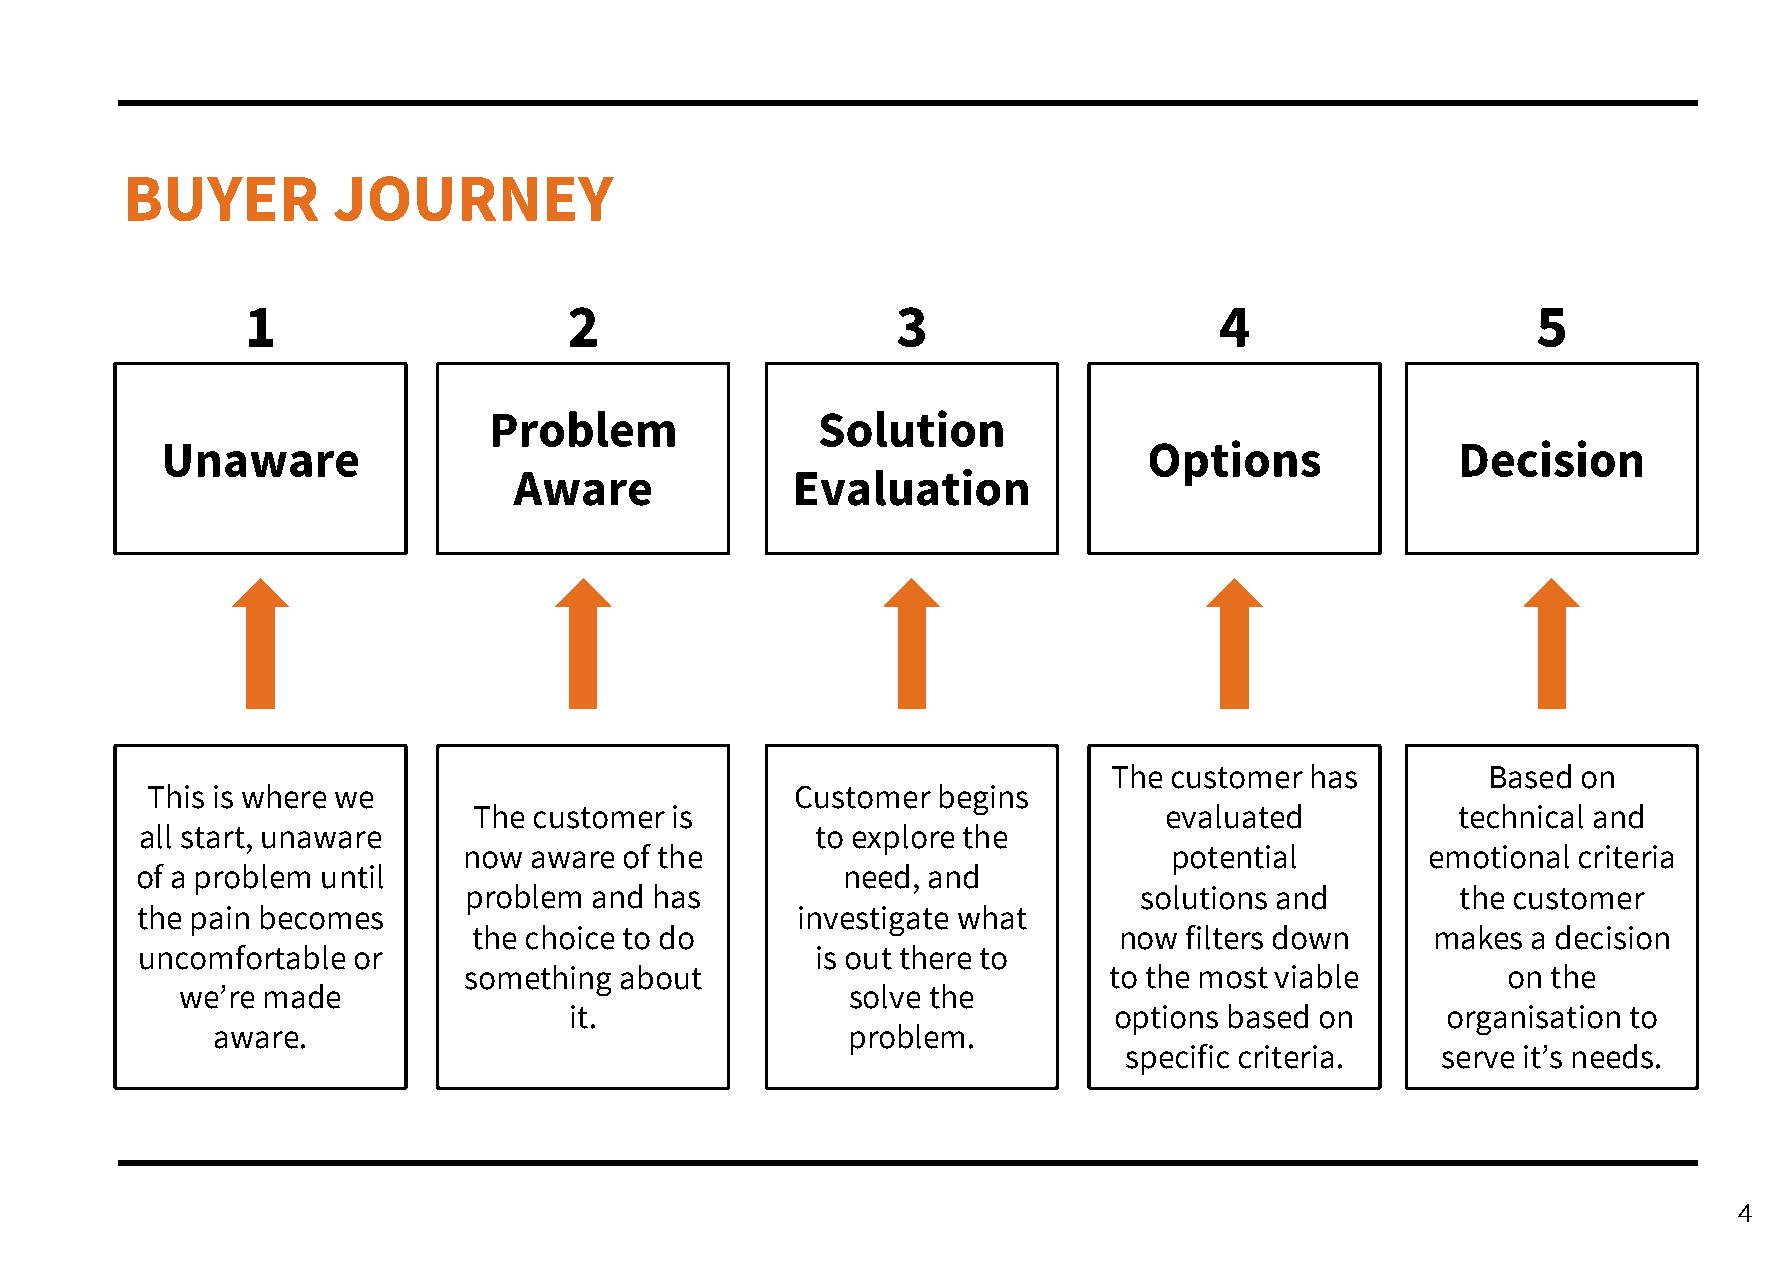
BUYER         JOURNEY
 1                     2                    3                     4                    5
 Problem               Solution
 Unaware                                                          Options              Decision
 Aware             Evaluation
 The customer has        Based  on
 This is where we                           Customer begins
 The customer is                               evaluated          technical and
 all start, unaware                           to explore the
 now aware of the                               potential       emotional criteria
 of a problem until                             need, and
 problem and has                             solutions and         the customer
 the pain becomes                            investigate what
 the choice to do                           now filters down     makes a decision
 uncomfortable or                             is out there to
 something about                           to the most viable         on the
 we’re made                                  solve the
 it.                                 options based on      organisation to
 aware.                                    problem.
 specific criteria.   serve it’s needs.
 4